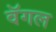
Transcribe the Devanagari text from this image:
वॅगल